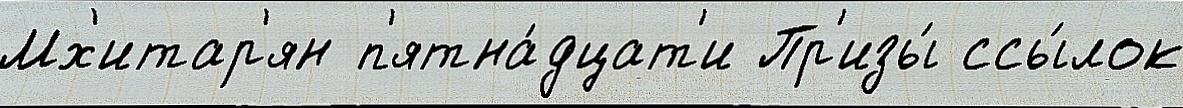
Мх'итар'ян п'ятна́дцат'и Пр'изы́ ссы́лок